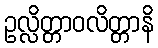
ဥလ္လိတ္တာဝလိတ္တာနိ